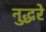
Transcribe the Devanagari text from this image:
नुद्धरे